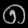
Digit: ၈